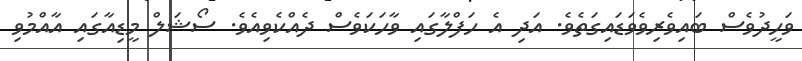
ވަހީދުވެސް ބައިވެރިވެވަޑައިގަތެވެ. އަދި އެ ހަފްލާގައި ވާހަކަވެސް ދެއްކެވިއެވެ. ސޯޝަލް މީޑިއާގައި އާއްމުވި